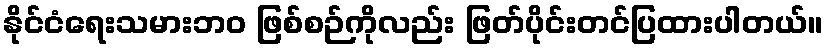
နိုင်ငံရေးသမားဘဝ ဖြစ်စဉ်ကိုလည်း ဖြတ်ပိုင်းတင်ပြထားပါတယ်။